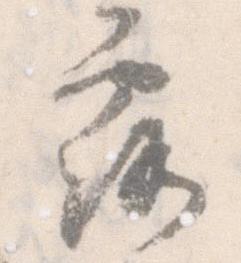
露